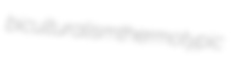
biculturalism thermotypic